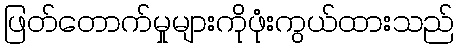
ဖြတ်တောက်မှုများကိုဖုံးကွယ်ထားသည်